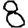
Digit: 8